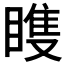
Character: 𬑠